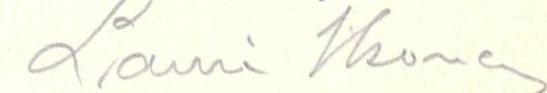
Lauri Ikonen